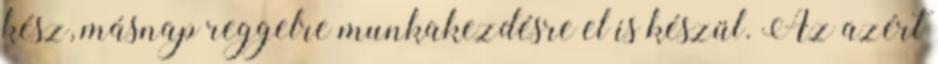
kész, másnap reggelre munkakezdésre el is készül. Az azért